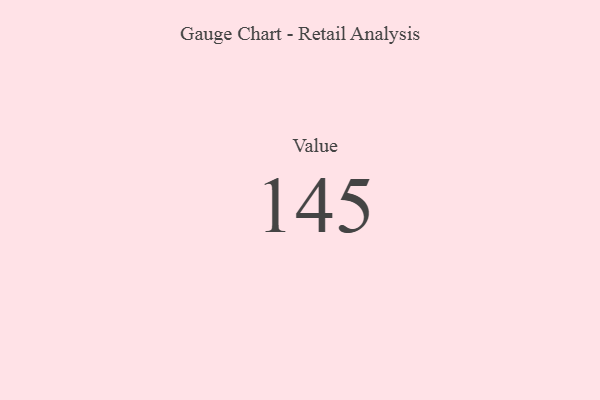
{"axis": {"x": "Metric", "y": "Value"}, "legend": [""], "data": [{"x": "Value", "y": 145, "type": ""}]}